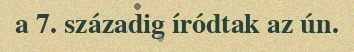
a 7. századig íródtak az ún.